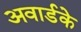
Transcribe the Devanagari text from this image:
अवार्डके